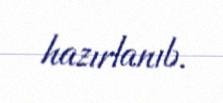
hazırlanıb.